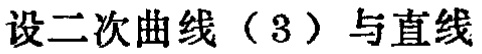
设二次曲线（3）与直线